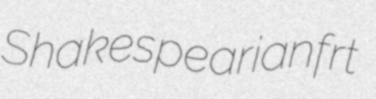
Shakespearian frt